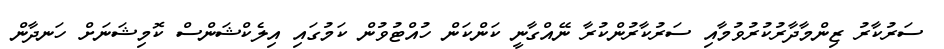
ސަރުކާރު ޒިންމާދާރުކުރުވުމާއި ސަރުކާރުންކުރާ ނޭއްގާނީ ކަންކަން ހުއްޓުވުން ކަމުގައި އިލެކްޝަންސް ކޮމިޝަނަށް ހަނދާން